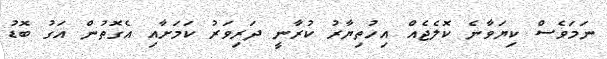
ނަމަވެސް ކިޔަވާނެ ކޮލެޖެއް އިހުތިޔާރު ކުރާނީ ދަރިވަރު ކަމަށާއި އެގޮތުން އަގު ބޮޑު